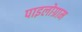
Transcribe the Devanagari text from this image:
पाइलोग्राम